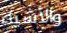
والأشياء